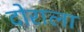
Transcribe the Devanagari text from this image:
दोराला